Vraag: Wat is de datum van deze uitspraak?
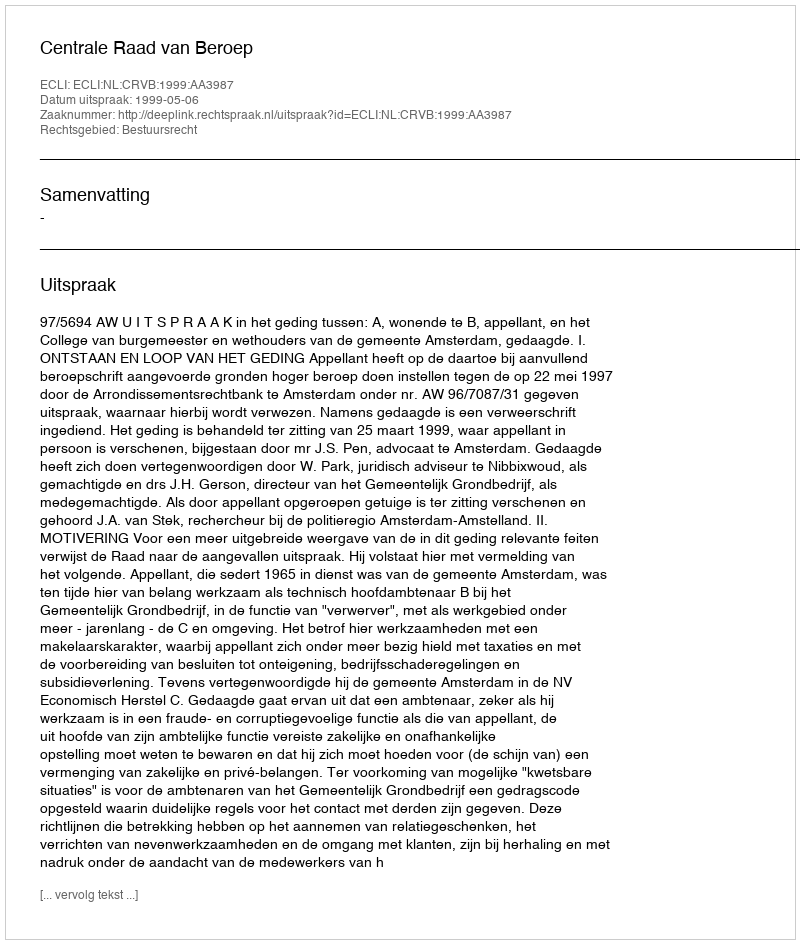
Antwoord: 1999-05-06